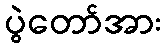
ပွဲတော်အား